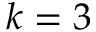
k = 3